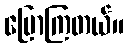
ပြောကြတယ်။